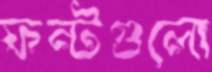
ফন্টগুলো